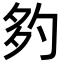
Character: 𡖑